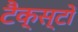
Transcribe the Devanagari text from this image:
टैक्स्टों